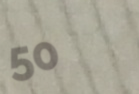
50%